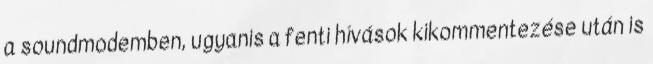
a soundmodemben, ugyanis a fenti hívások kikommentezése után is